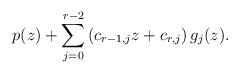
LaTeX: \begin{align*} p(z) + \sum_{j=0}^{r-2}\left( c_{r-1,j}z+c_{r,j} \right)g_{j}(z). \end{align*}